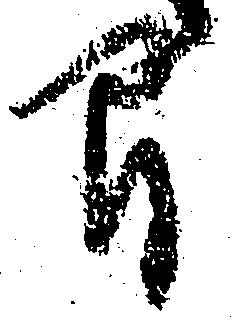
間